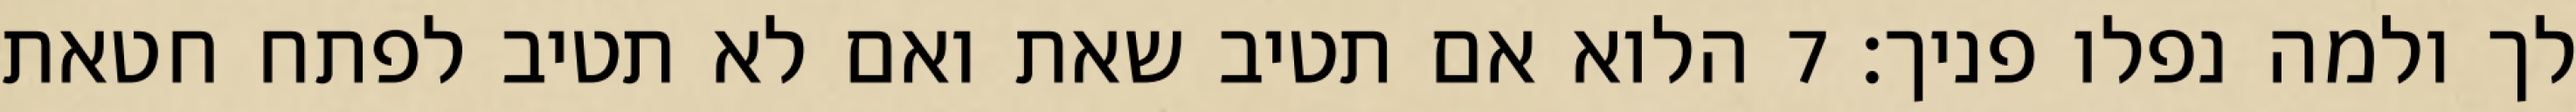
לך ולמה נפלו פניך׃ ‎7‏ הלוא אם תטיב שאת ואם לא תטיב לפתח חטאת